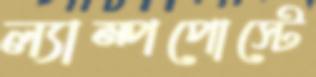
ল্যাম্পপোস্টে